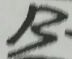
B .